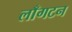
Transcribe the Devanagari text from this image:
लाँगटन